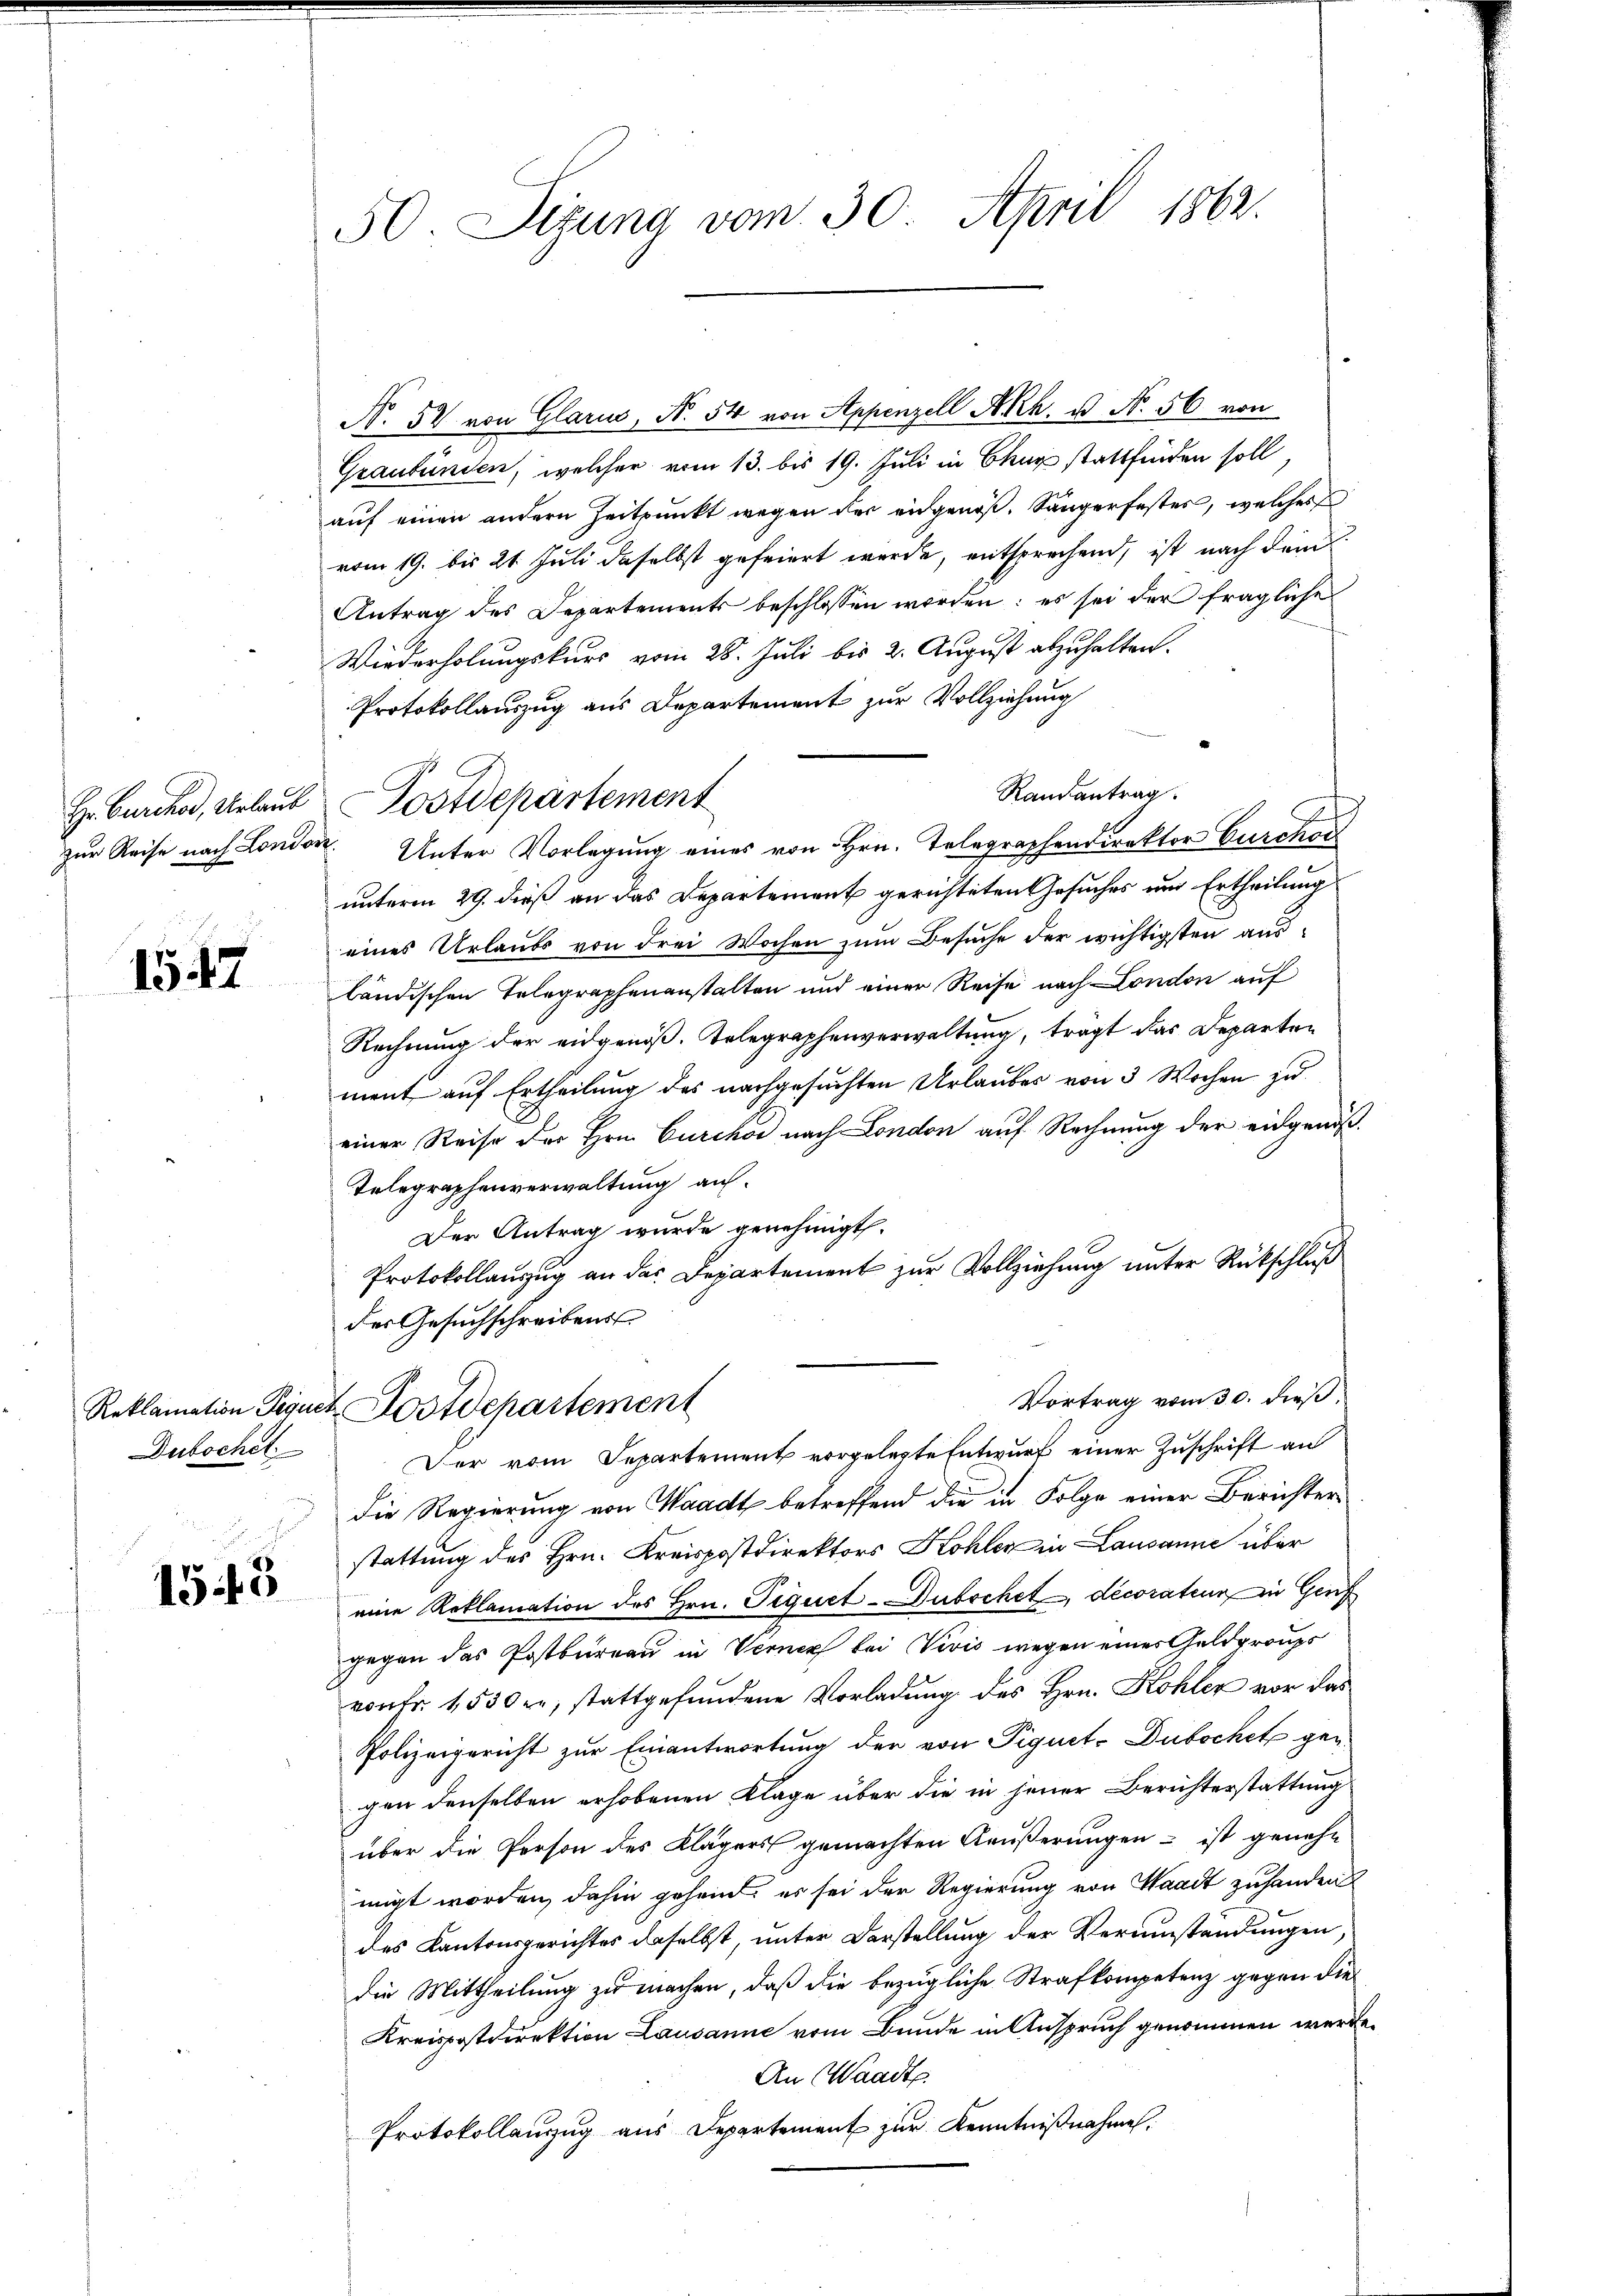
Hr. Burcker, Urlaub

1547

Dubochet

155

50. Sizung vom 30. April 1862.

N. 57 von Glarus, No. 54 von Appenzell A.Rh. u. N. 56 von
Graubünden, welcher vom 13. bis 19. Juli in Chur stattfinden soll,
auf einen andern Zeitpunkt wegen der eidgenoß, Sängerfester, welches
vom 19. bis 21. Juli daselbst gefeiert wurde, entsprechend, ist nach dem
Antrag des Departements beschlossen worden: es sei der fragliche
Wiederholungskurs vom 28. Juli bis 2. August abzuhalten.
Protokollauszug aus Departement zur Vollziehung
Randantrag.
zŭr Reise nach London. Unter Vorlegung eines von Hrn. Telegraphendirektor Curckhar
unterm 29. dieß an das Departement gerichteten Gesuches und Ertheilung
eines Urlaubs von drei Wochen zum Besuche der wichtigsten ausbändischen Telegraphenanstalten und einer Reise nach London auf
Rechnung der eidgenöß. Telegraphenverwaltung, trägt das Departen
ment auf Ertheilung des nachgesuchten Urlaubes von 3 Wochen zu
einer Reise der Hrn. Curchor nach London auf Rechnung der eidgenöß¬
Telegraphenverwaltung auf-
Der Antrag wurde genehmigt.
Protokollauzug an der Departement zur Vollziehung unter Rückschluß
der Gesuchschreibens
Vortrag vom 30. dieß.
Reklamation Gegnet Postschartement
Der vom Departement vorgelegte Entwurf einer Zuschrift an
die Regierung von Waadt betreffend die in Folge einer Berichterstattung des Hrn. Kreispostdirektors Kohler in Lausanne über
eine Reklamation des Hrn. Figuet-Dubschet, decorateur in Genf
gegen das Postbureau in Verner bei Vivis wegen eines Geldproups
vonFr. 1530 f., stattgefundene Vorladung des Hrn. Kohler vor das
Polizeigericht zur Einantwortung der von Piquet-Dubochet gegen denselben erhobenen Klage über die in jener Berichterstattung
über die Person des Klägers gemachten Aeußerungen – ist genehm
migt worden, dahin gehend, es sei der Regierung von Waadt zuhanden
des Kantonsgerichtes daselbst, unter Darstellung der Verumstandungen,
die Mittheilung zu machen, daß die bezügliche Strafkompetenz gegen die
Kreispostdirektion Lausanne vom Bunde in Anspruch genommen werde.
An Waadt
Protokollauszug aus Departement zur Kenntnißnahme.

Postdepartement